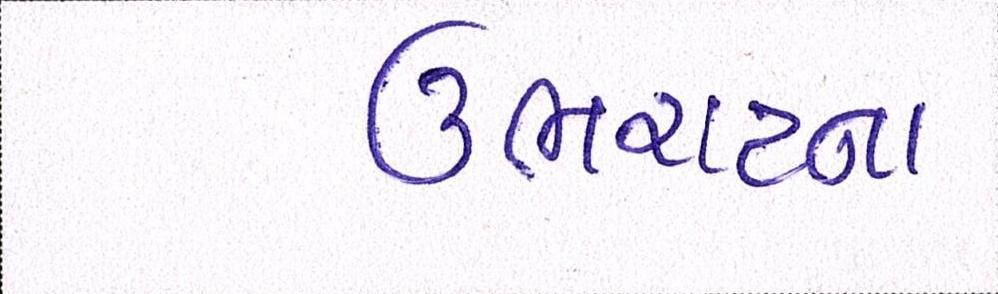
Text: ઉભરાટના